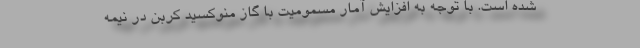
شده است. با توجه به افزایش آمار مسمومیت با گاز منوکسید کربن در نیمه